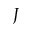
J